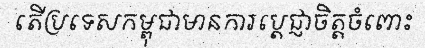
តើប្រទេសកម្ពុជាមានការប្តេជ្ញាចិត្តចំពោះ